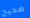
صحيح